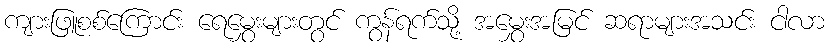
ကျားဖြူစစ်ကြောင်း ရေမွှေးများတွင် ကွန်ရက်သို့ အမွှေးအမြင် ဆရာများအသင်း ငါလာ